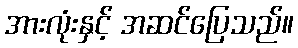
အားလုံးနှင့် အဆင်ပြေသည်။